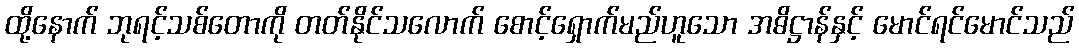
ထို့နောက် ဘုရင့်သစ်တောကို တတ်နိုင်သလောက် စောင့်ရှောက်မည်ဟူသော အဓိဋ္ဌာန်နှင့် မောင်ရင်မောင်သည်